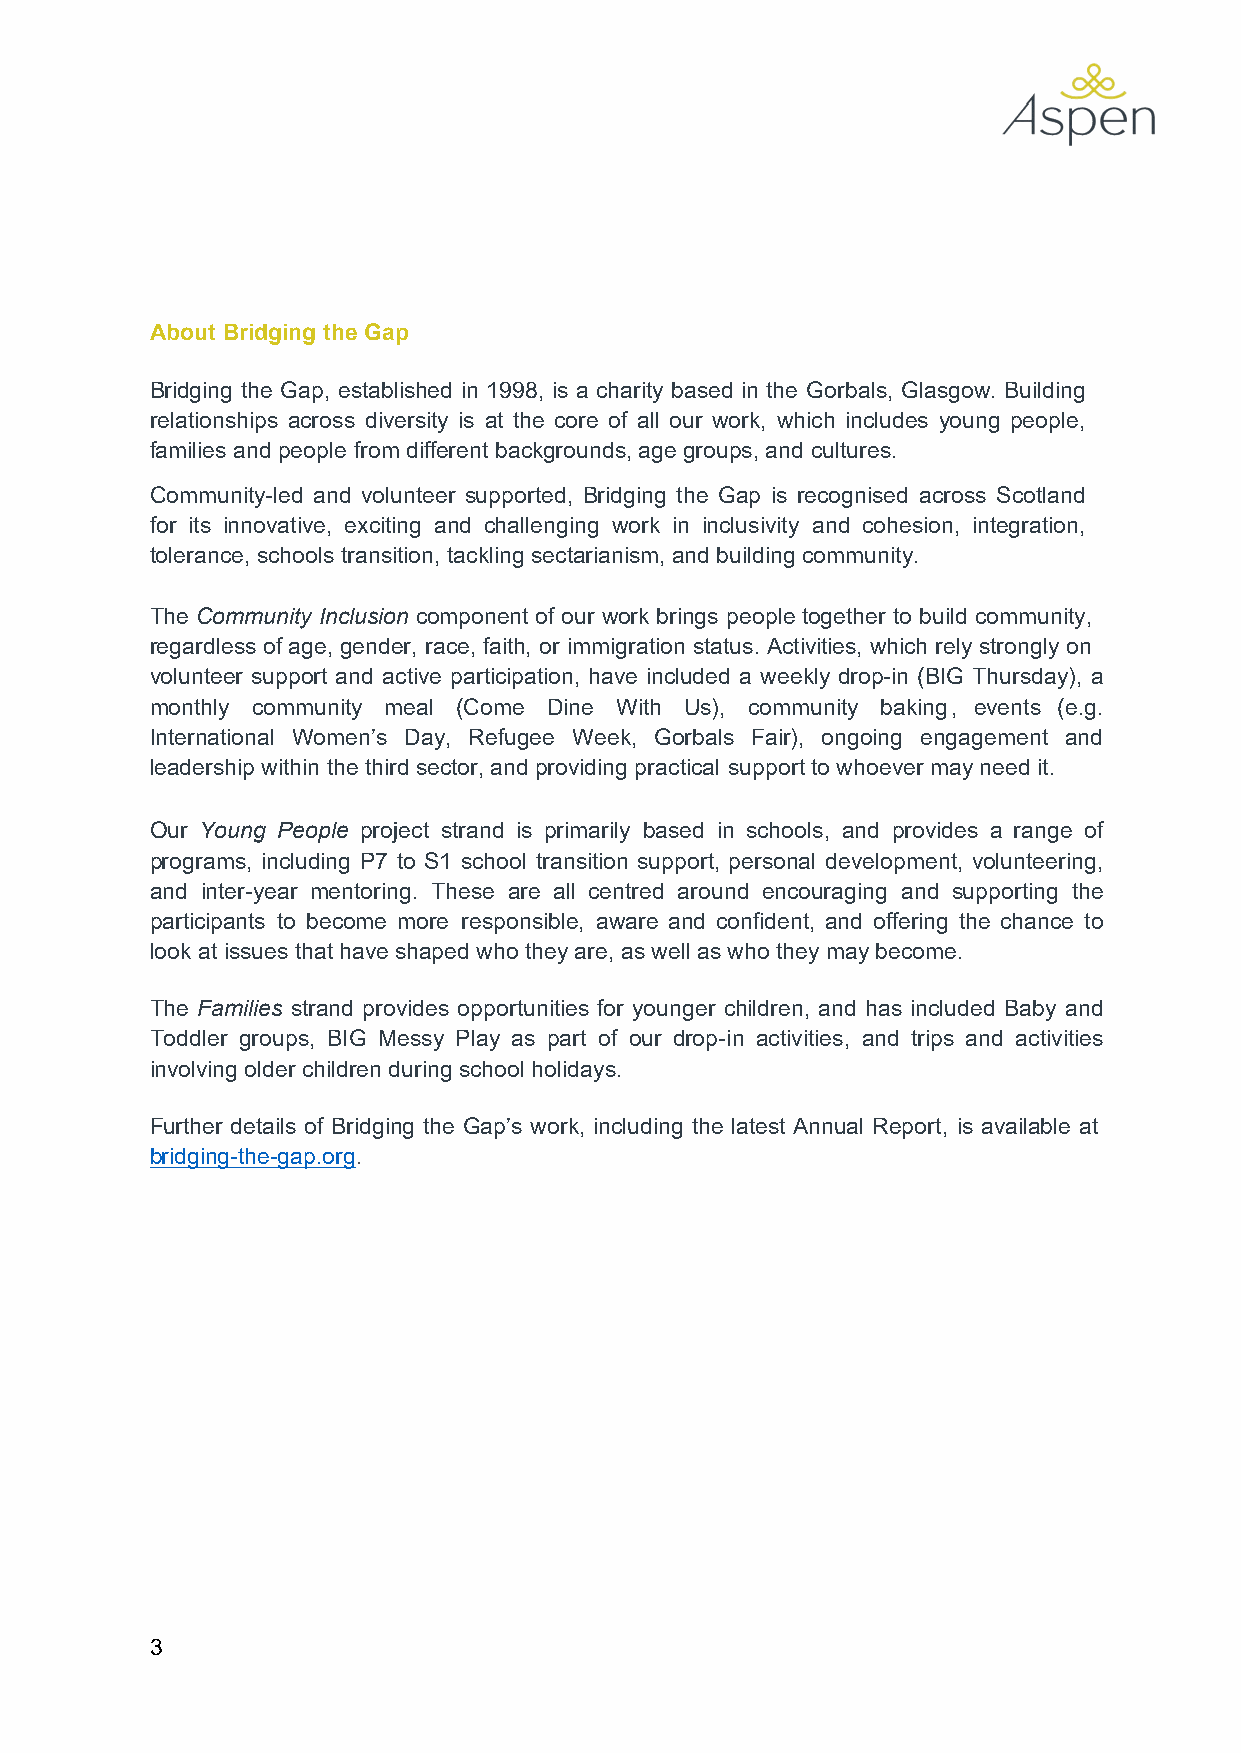
About Bridging the Gap
 Bridging the Gap, established in 1998, is a charity based in the Gorbals, Glasgow. Building
 relationships across diversity is at the core of all our work, which includes young people,
 families and people from different backgrounds, age groups, and cultures.
 Community-led and volunteer supported, Bridging the Gap is recognised across Scotland
 for its innovative, exciting and challenging work in inclusivity and cohesion, integration,
 tolerance, schools transition, tackling sectarianism, and building community.
 The Community Inclusion component of our work brings people together to build community,
 regardless of age, gender, race, faith, or immigration status. Activities, which rely strongly on
 volunteer support and active participation, have included a weekly drop-in (BIG Thursday), a
 monthly community meal (Come Dine With Us), community baking, events (e.g.
 International Women’s Day, Refugee Week, Gorbals Fair), ongoing engagement and
 leadership within the third sector, and providing practical support to whoever may need it.
 Our Young People project strand is primarily based in schools, and provides a range of
 programs, including P7 to S1 school transition support, personal development, volunteering,
 and inter-year mentoring. These are all centred around encouraging and supporting the
 participants to become more responsible, aware and confident, and offering the chance to
 look at issues that have shaped who they are, as well as who they may become.
 The Families strand provides opportunities for younger children, and has included Baby and
 Toddler groups, BIG Messy Play as part of our drop-in activities, and trips and activities
 involving older children during school holidays.
 Further details of Bridging the Gap’s work, including the latest Annual Report, is available at
 bridging-the-gap.org.
 3